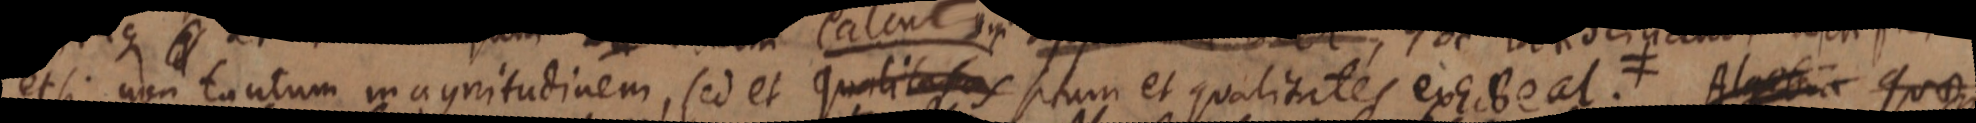
et si non tantum magnitudinem, sed et qualitates situm et qualitates exhibeat. ≠ Algebra quae